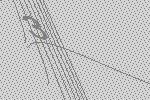
3